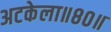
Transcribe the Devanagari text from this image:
अटकेला॥८०॥